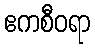
ဧကစီဝရာ